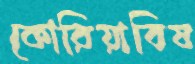
কোরিয়াবিষ